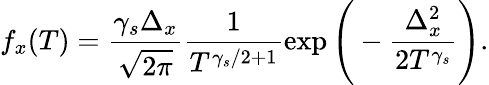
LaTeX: f_{x}(T)=\frac{\gamma_{s}\Delta_{x}}{\sqrt{2\pi}}\frac{1}{T^{\gamma_{s}/2+1}}\exp\Bigg(-\frac{\Delta_{x}^{2}}{2T^{\gamma_{s}}}\Bigg).